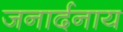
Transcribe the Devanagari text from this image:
जनार्दनाय